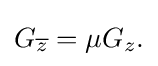
\displaystyle {G_{\overline {z}}=\mu G_{z}.}